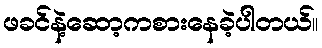
ဖခင်နဲ့ဆော့ကစားနေခဲ့ပါတယ်။